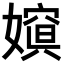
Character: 𡡨